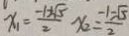
x _ { 1 } = \frac { - 1 + \sqrt { 5 } } { 2 } x _ { 2 } = \frac { - 1 - \sqrt { 5 } } { 2 }